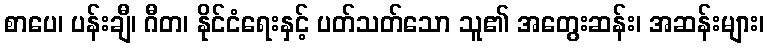
စာပေ၊ ပန်းချီ၊ ဂီတ၊ နိုင်ငံရေးနှင့် ပတ်သတ်သော သူ၏ အတွေးဆန်း၊ အဆန်းများ၊